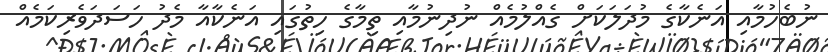
ނުބެހުމާއި އަނެކާގެ މުދަލަކަށް ގެއްލުމެއް ނުދިނުމާއި ތިމާގެ ހިތުގައި އަނެކާއާ މެދު ހަސަދަވެރިކަމެއް